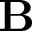
\mathbf { B }